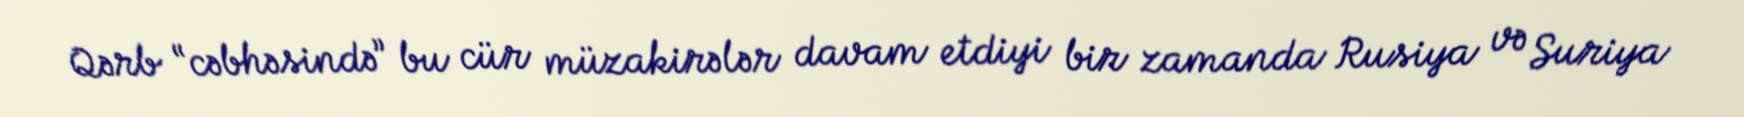
Qərb “cəbhəsində” bu cür müzakirələr davam etdiyi bir zamanda Rusiya və Suriya